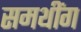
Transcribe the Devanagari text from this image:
समथींग